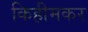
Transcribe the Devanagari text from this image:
किहीमकर